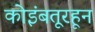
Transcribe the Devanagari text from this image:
कोइंबतूरहून